Vaccination United Provinces of Agra and Oudh 1914-1922 - 1914-1922
Year: 1914
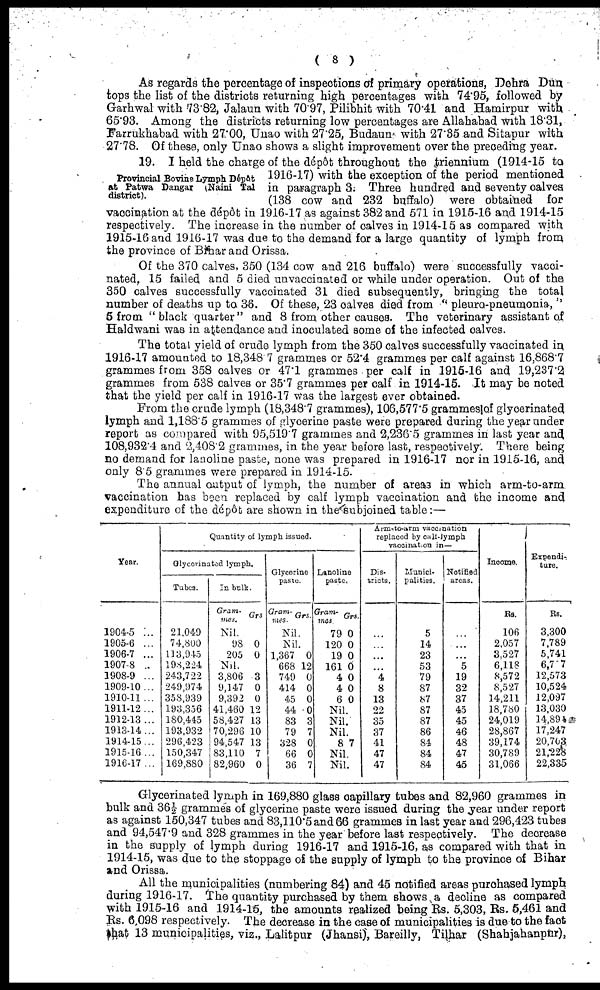
( 8 )
As regards the percentage of inspections of primary operations, Dehra Dun
tops the list of the districts returning high percentages with 74.95, followed by
Garhwal with 73.82, Jalaun with 70.97, Pilibhit with 70.41 and Hamirpur with
65.93. Among the districts returning low percentages are Allahabad with 18.31,
Farrukhabad with 27.00, Unao with 27.25, Budaun with 27.35 and Sitapur with
27.78. Of these, only Unao shows a slight improvement over the preceding year.
Provincial Bovine Lymph Dépôt
at Patwa Dangar (Naini Tal
district).
19. I held the charge of the dépôt throughout the triennium (1914-15 to
1916-17) with the exception of the period mentioned
in paragraph 3. Three hundred and seventy calves
(138 cow and 232 buffalo) were obtained for
vaccination at the dépôt in 1916-17 as against 382 and 571 in 1915-16 and 1914-15
respectively. The increase in the number of calves in 1914-15 as compared with
1915-16 and 1916-17 was due to the demand for a large quantity of lymph from
the province of Bihar and Orissa.
Of the 370 calves, 350 (134 cow and 216 buffalo) were successfully vacci-
nated, 15 failed and 5 died unvaccinated or while under operation. Out of the
350 calves successfully vaccinated 31 died subsequently, bringing the total
number of deaths up to 36. Of these, 23 calves died from " pleuro-pneumonia,''
5 from "black quarter" and 8 from other causes. The veterinary assistant of
Haldwani was in attendance and inoculated some of the infected calves.
The total yield of crude lymph from the 350 calves successfully vaccinated in
1916-17 amounted to 18,348 7 grammes or 52'4 grammes per calf against 16,868'7
grammes from 358 calves or 47.1 grammes per calf in 1915-16 and 19,237'2
grammes from 538 calves or 35.7 grammes per calf in 1914-15. It may be noted
that the yield per calf in 1916-17 was the largest ever obtained.
From the crude lymph (18,348.7 grammes), 106,577.5 grammes of glycerinated
lymph and 1,188.5 grammes of grlycerine paste were prepared during the year under
report as compared with 95,519.7 grammes and 2,236.5 grammes in last year and
108,932'4 and 2,408.2 grammes, in the year before last, respectively. There being
no demand for lanoline paste, none was prepared in 1916-17 nor in 1915-16, and
only 8.5 grammes were prepared in 1914-15.
The annual output of lymph, the number of areas in which arm-to-arm.
vaccination has been replaced by calf lymph vaccination and the income and
expenditure of the dépôt are shown in the subjoined table:—
Year.
1904-5 ...
1905-6 ...
1906-7 ...
1907-8 ...
1908-9 ...
1909-10...
1910-11 ...
1911-12 ...
1912-13 ...
1913-14...
1914-15...
1915-16 ...
1916-17 ...
Quantity of lymph issued.
Glycerinated lymph.
Tubes.
21,049
74,800
113,945
198,224
243,722
249,974
358,939
193,356
180,445
193,932
296,423
150,347
169,880
In bulk.
Gram-
mes.
Grs
Nil.
98
205
0
0
Nil.
3,806
9,147
9,392
41,460
58,427
70,296
94,547
83,110
82,960
3
0
0
12
13
10
13
7
0
Glycerine
paste.
Gram¬
mes.
Grs.
Nil.
Nil.
1,367
668
749
414
45
44
83
79
328
66
36
0
12
0
0
0
0
3
7
0
0
7
Lanoline
paste.
Gram-
mes.
79
120
19
161
4
4
6
Grs.
0
0
0
0
0
0
0
Nil.
Nil.
Nil.
8 7
Nil.
Nil.
Arm-to-arm vaccination
replaced by calf-lymph
vaccination in—
Dis¬
tricts.
...
...
...
...
4
8
13
22
35
37
41
47
47
Munici-
palities.
5
14
23
53
79
87
87
87
87
86
84
84
84
Notified
areas.
...
...
...
5
19
32
37
45
45
46
48
47
45
Income.
Rs.
106
2,057
3,527
6,118
8,572
8,527
14,211
18,780
24,019
28,867
39,174
30,789
31,066
Expendi-
ture.
Rs.
3,300
7,789
5,741
6,777
12,573
10,524
12,097
13,030
14,894
17,247
20,703
21,228
22,335
Glycerinated lymph in 169,880 glass capillary tubes and 82,960 grammes in
bulk and 36 ½ grammes of glycerine paste were issued during the year under report
as against 150,347 tubes and 83,110.5 and 66 grammes in last year and 296,423 tubes
and 94,547.9 and 328 grammes in the year before last respectively. The decrease
in the supply of lymph during 1916-17 and 1915-16, as compared with that in
1914-15, was due to the stoppage of the supply of lymph to the province of Bihar
and Orissa.
All the municipalities (numbering 84) and 45 notified areas purchased lymph
during 1916-17. The quantity purchased by them shows a decline as compared
with 1915-16 and 1914-15, the amounts realized being Rs. 5,303, Rs. 5,461 and
Rs. 6,098 respectively. The decrease in the case of municipalities is due to the fact
that 13 municipalities, viz., Lalitpur (Jhansi), Bareilly, Tilhar (Shahjahanpur),